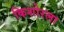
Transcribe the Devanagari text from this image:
किशोरला